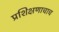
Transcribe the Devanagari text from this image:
प्रशिक्षणाचाच